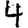
Digit: 4